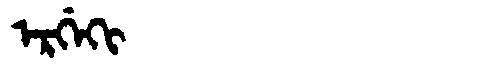
Manchu: ᡝᡵᡤᡝᡴᡳ
Romanization: ERGEKI